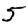
Digit: 5